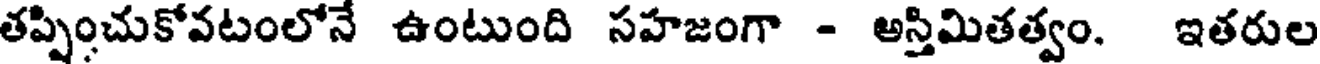
తప్పించుకోవటంలోనే ఉంటుంది సహజంగా - అస్తిమితత్వం. ఇతరుల